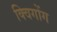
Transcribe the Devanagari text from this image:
क्विगोंग